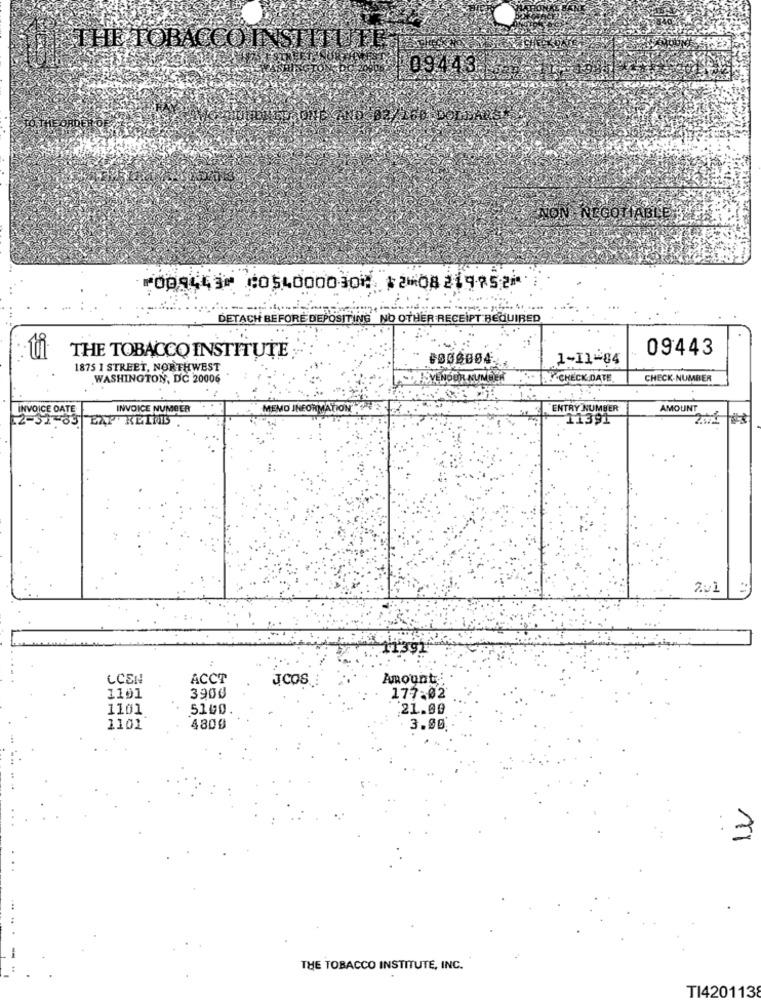
THE TOBACCO INSTITUTE ..
0 09443.
⑈008443⑈ ⑆054000030⑆ 12⑉08219752⑈
DETACH BEFORE DEPOSITING NO OTHER RECEIPT REQUIRED
09443
THE TOBACCO INSTITUTE
#000004
1-11-04
1875 I STREET, NORTHWEST
WASHINGTON, DC 20006
-VENDOR NUMBER
.CHECK DATE
CHECK-NUMBER
INVOICE DATE
INVOICE NUMBER
MEMO INFORMATION
ENTRY NUMBER
AMOUNT
BAY KEINIS
11391
201
CCEN
ACCT
JCOS
Amount:
3900
1101
177:02
1101
5140.
:21.00
1101
4800
3.00
: 3
THE TOBACCO INSTITUTE, INC.
TI420113